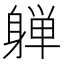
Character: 𰹀